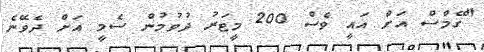
"ގޭމްސް އަށް އައީ ވެސް 200 މީޓަރު ދުވުމުން ސެމީ އަށް ދެވޭނެ